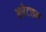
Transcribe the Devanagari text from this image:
आरेटाइन